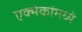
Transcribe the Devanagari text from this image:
एक्मेकांमध्ये